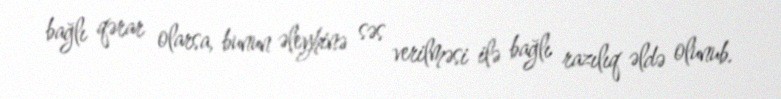
bağlı qərar olarsa, bunun əleyhinə səs verilməsi ilə bağlı razılıq əldə olunub.